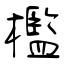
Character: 檻